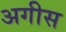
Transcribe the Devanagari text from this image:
अगीस